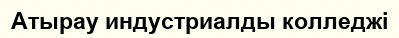
Атырау индустриалды колледжі